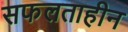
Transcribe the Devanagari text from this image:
सफलताहीन